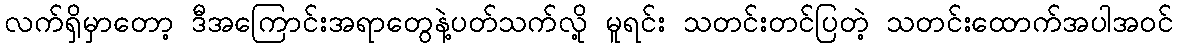
လက်ရှိမှာတော့ ဒီအကြောင်းအရာတွေနဲ့ပတ်သက်လို့ မူရင်း သတင်းတင်ပြတဲ့ သတင်းထောက်အပါအဝင်